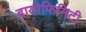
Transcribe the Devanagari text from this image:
बायोफिनिटी